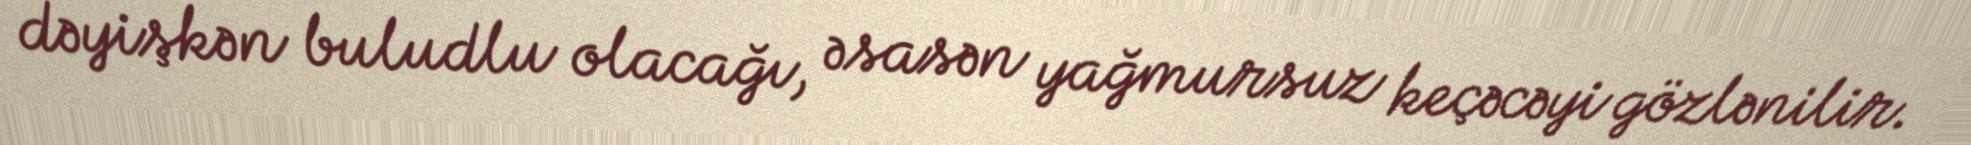
dəyişkən buludlu olacağı, əsasən yağmursuz keçəcəyi gözlənilir.